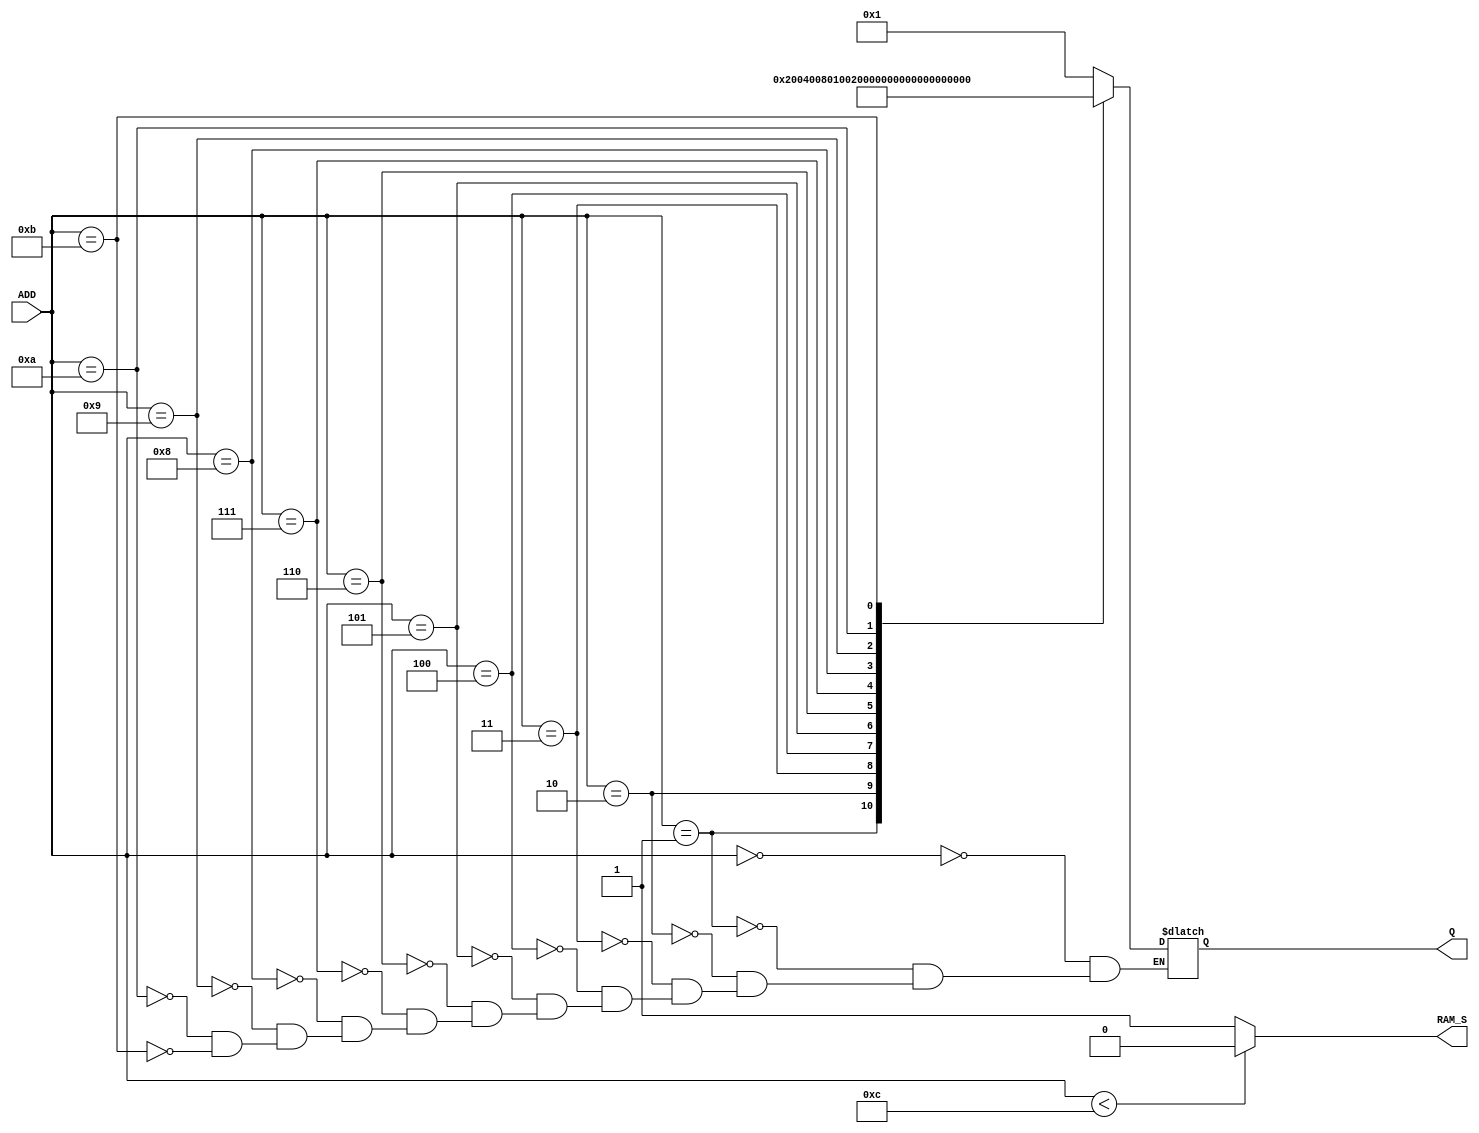
module Address_Selector(ADD, Q, RAM_S);
	input [11:0]ADD;
	output  reg [11:0]Q;
	output reg RAM_S;
	
	always @(ADD) begin
		if (ADD[11:0]<12) begin
			RAM_S<=1'b0;
		end 
		else begin
			RAM_S<=1'b1;
		end
		case (ADD[11:0])
			12'h000: 	Q<=12'b000000000001;
			12'h001: 	Q<=12'b000000000010;
			12'h002: 	Q<=12'b000000000100;
			12'h003: 	Q<=12'b000000001000;
			12'h004: 	Q<=12'b000000010000;
			12'h005: 	Q<=12'b000000100000;
			12'h006: 	Q<=12'b000001000000;
			12'h007: 	Q<=12'b000010000000;
			12'h008: 	Q<=12'b000100000000;
			12'h009: 	Q<=12'b001000000000;
			12'h00a: 	Q<=12'b010000000000;
			12'h00b: 	Q<=12'b100000000000;
		endcase
	end
endmodule